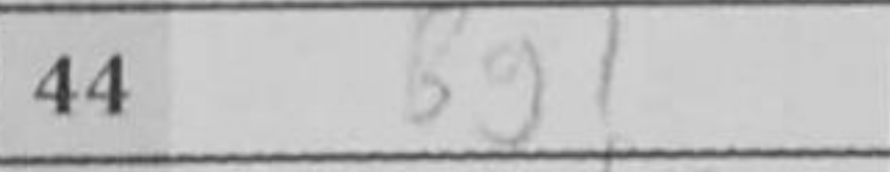
Transcription: Bg1